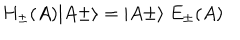
LaTeX: H _ { \pm } ( A ) \vert A \pm \rangle = \vert A \pm \rangle \ E _ { \pm } ( A )